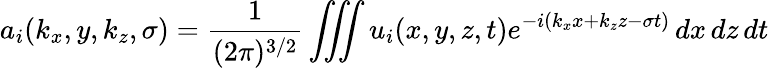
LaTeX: a_{i}(k_{x},y,k_{z},\sigma)=\frac{1}{(2\pi)^{3/2}}\iiint u_{i}(x,y,z,t)e^{-i(k_{x}x+k_{z}z-\sigma t)}\, dx\, dz\, dt